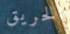
الحريق